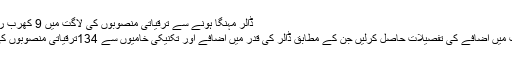
ڈالر مہنگا ہونے سے ترقیاتی منصوبوں کی لاگت میں 9 کھرب روپے اضافہ | Daily Aaj
ترقیاتی منصوبوں کی لاگت میں اضافے کی تفصیلات حاصل کرلیں جن کے مطابق ڈالر کی قدر میں اضافے اور تکنیکی خامیوں سے 134ترقیاتی منصوبوں کی لاگت میں اضافہ ہوا ہے۔